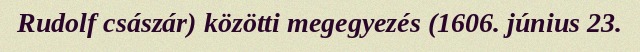
Rudolf császár) közötti megegyezés (1606. június 23.